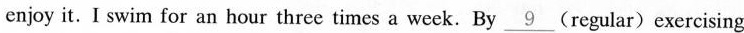
enjoy it.I swim for an hour three times a week. By \underline{9} (regular)exercising